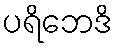
ပရိဘေဒိ